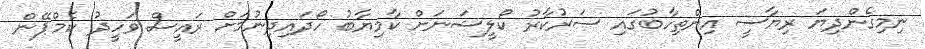
ނިމިގެންދިޔަ ރިޔާސީ އިންތިހާބުގައި ސަރުކާރު ކޯލީޝަނަށް ކާމިޔާބު ހޯދައިދިނުމަށް ރައީސް ވަހީދު ކެމްޕޭން